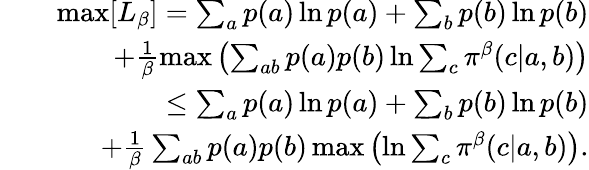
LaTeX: \begin{array}{rlr}&{}&{\mathrm{max}[L_{\beta}]=\sum_{a}p(a)\ln p(a)+\sum_{b}p(b)\ln p(b)}\\ &{}&{+\frac{1}{\beta}\mathrm{max}\left(\sum_{ab}p(a)p(b)\ln\sum_{c}\pi^{\beta}(c|a,b)\right)}\\ &{}&{\leq\sum_{a}p(a)\ln p(a)+\sum_{b}p(b)\ln p(b)}\\ &{}&{+\frac{1}{\beta}\sum_{ab}p(a)p(b)\, \mathrm{max}\left(\ln\sum_{c}\pi^{\beta}(c|a,b)\right).}\end{array}